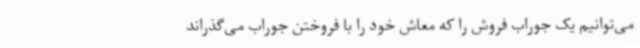
می‌توانیم یک جوراب فروش را که معاش خود را با فروختن جوراب می‌گذراند